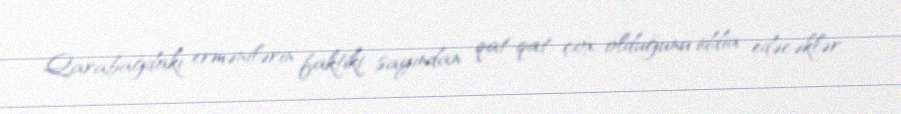
Qarabağdakı ermənilərin faktiki sayından qat-qat çox olduğunu iddia edəcəklər.